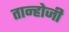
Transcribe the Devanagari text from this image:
तान्होजी